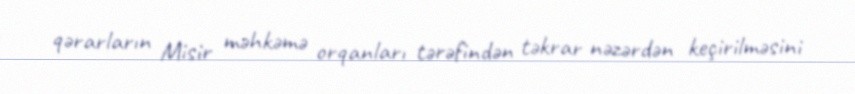
qərarların Misir məhkəmə orqanları tərəfindən təkrar nəzərdən keçirilməsini